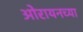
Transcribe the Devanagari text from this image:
ओरायनच्या